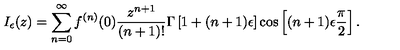
I _ { \epsilon } ( z ) = \sum _ { n = 0 } ^ { \infty } f ^ { ( n ) } ( 0 ) \frac { z ^ { n + 1 } } { ( n + 1 ) ! } \Gamma \left[ 1 + ( n + 1 ) \epsilon \right] \cos \left[ ( n + 1 ) \epsilon \frac { \pi } { 2 } \right] .